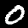
Label: 0